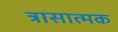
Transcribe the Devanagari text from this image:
त्रासात्मक